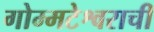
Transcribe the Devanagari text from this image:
गोम्मटेश्वराची